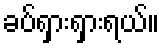
ခပ်ရှားရှားရယ်။